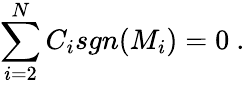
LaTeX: \sum_{i=2}^{N}C_{i}sgn(M_{i})=0\ .